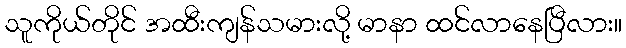
သူကိုယ်တိုင် အထီးကျန်သမားလို့ မာနာ ထင်လာနေပြီလား။